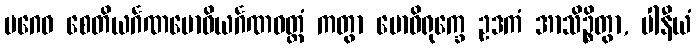
ပဂေဝ စေတိယင်္ဂဏဗောဓိယင်္ဂဏဝတ္တံ ကတွာ ဗောဓိရုက္ခေ ဥဒကံ အာသိဉ္စိတွာ, ပါနီယံ